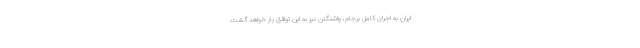
ایران به اجرای کامل برجام، واشنگتن نیز به این توافق باز خواهد گشت.